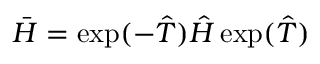
\bar { H } = \exp ( - \hat { T } ) \hat { H } \exp ( \hat { T } )